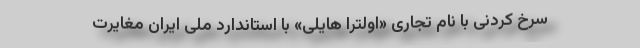
سرخ کردنی با نام تجاری «اولترا هایلی» با استاندارد ملی ایران مغایرت